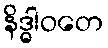
နိဒ္ဓါဝတေ